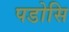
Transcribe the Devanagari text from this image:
पडोसि